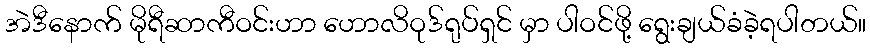
အဲဒီနောက် မိုရီဆာကီဝင်းဟာ ဟောလိဝုဒ်ရုပ်ရှင် မှာ ပါဝင်ဖို့ ရွေးချယ်ခံခဲ့ရပါတယ်။